Annual statistical returns and brief notes on vaccination in Bengal - 1887-1898
Year: 1887
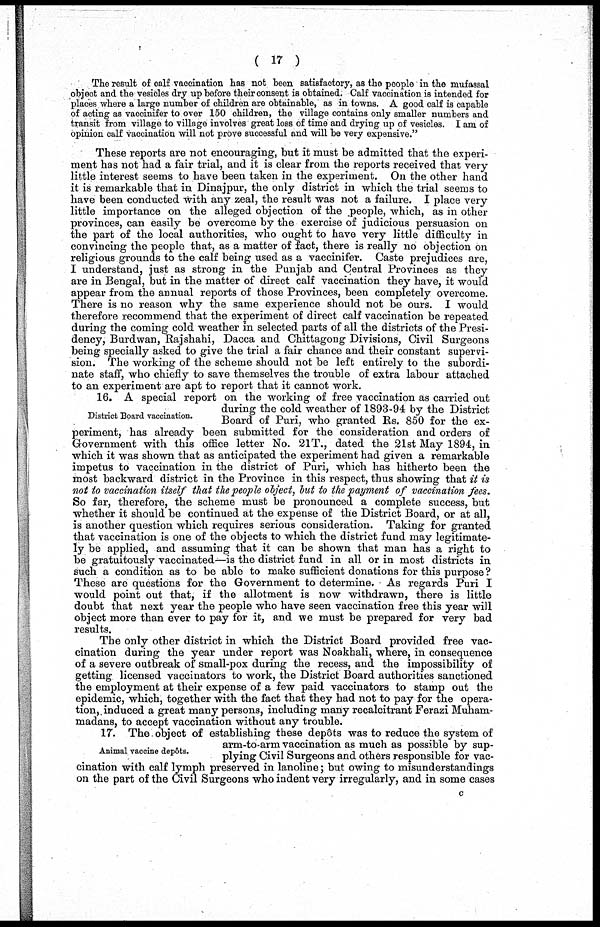
(17)
The result of calf vaccination has not been satisfactory, as the people in the mufassal
object and the vesicles dry up before their consent is obtained. Calf vaccination is intended for
places where a large number of children are obtainable, as in towns. A good calf is capable
of acting as vaccinifer to over 150 children, the village contains only smaller numbers and
transit from village to village involves great loss of time and drying up of vesicles. I am of
opinion calf vaccination will not prove successful and will be very expensive."
These reports are not encouraging, but it must be admitted that the experi-
ment has not had a fair trial, and it is clear from the reports received that very-
little interest seems to have been taken in the experiment. On the other hand
it is remarkable that in Dinajpur, the only district in which the trial seems to
have been conducted with any zeal, the result was not a failure. I place very-
little importance on the alleged objection of the people, which, as in other
provinces, can easily be overcome by the exercise of judicious persuasion on
the part of the local authorities, who ought to have very little difficulty in
convincing the people that, as a matter of fact, there is really no objection on
religious grounds to the calf being used as a vaccinifer. Caste prejudices are,
I understand, just as strong in the Punjab and Central Provinces as they
are in Bengal, but in the matter of direct calf vaccination they have, it would
appear from the annual reports of those Provinces, been completely overcome.
There is no reason why the same experience should not be ours. I would
therefore recommend that the experiment of direct calf vaccination be repeated
during the coming cold weather in selected parts of all the districts of the Presi-
dency, Burdwan, Rajshahi, Dacca and Chittagong Divisions, Civil Surgeons
being specially asked to give the trial a fair chance and their constant supervi-
sion. The working of the scheme should not be left entirely to the subordi-
nate staff, who chiefly to save themselves the trouble of extra labour attached
to an experiment are apt to report that it cannot work.
District Board vaccination.
16. A special report on the working of free vaccination as carried out
during the cold weather of 1893-94 by the District
Board of Puri, who granted Rs. 850 for the ex-
periment, has already been submitted for the consideration and orders of
Government with this office letter No. 21T., dated the 21st May 1894, in
which it was shown that as anticipated the experiment had given a remarkable
impetus to vaccination in the district of Puri, which has hitherto been the
most backward district in the Province in this respect, thus showing that it is
not to vaccination itself that the people object, but to the payment of vaccination fees.
So far, therefore, the scheme must be pronounced a complete success, but
whether it should be continued at the expense of the District Board, or at all,
is another question which requires serious consideration. Taking for granted
that vaccination is one of the objects to which the district fund may legitimate-
ly be applied, and assuming that it can be shown that man has a right to
be gratuitously vaccinated—is the district fund in all or in most districts in
such a condition as to be able to make sufficient donations for this purpose ?
These are questions for the Government to determine. As regards Puri I
would point out that, if the allotment is now withdrawn, there is little
doubt that next year the people who have seen vaccination free this year will
object more than ever to pay for it, and we must be prepared for very bad
results.
The only other district in which the District Board provided free vac-
cination during the year under report was Noakhali, where, in consequence
of a severe outbreak of small-pox during the recess, and the impossibility of
getting licensed vaccinators to work, the District Board authorities sanctioned
the employment at their expense of a few paid vaccinators to stamp out the
epidemic, which, together with the fact that they had not to pay for the opera-
tion, induced a great many persons, including many recalcitrant Ferazi Muham-
madans, to accept vaccination without any trouble.
Animal vaccine depôts.
17. The object of establishing these depôts was to reduce the system of
arm-to-arm vaccination as much as possible by sup-
plying Civil Surgeons and others responsible for vac-
cination with calf lymph preserved in lanoline; but owing to misunderstandings
on the part of the Civil Surgeons who indent very irregularly, and in some cases
c